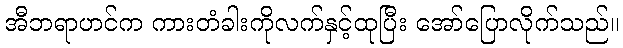
အီဘရာဟင်က ကားတံခါးကိုလက်နှင့်ထုပြီး အော်ပြောလိုက်သည်။